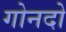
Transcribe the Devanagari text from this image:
गोनदो